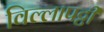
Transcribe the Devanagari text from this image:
विल्लापट्टी